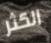
الكثر